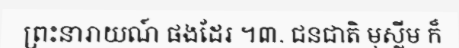
ព្រះនារាយណ៍ ផងដែរ ។៣. ជនជាតិ មុស្លីម ក៏